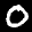
Label: 0